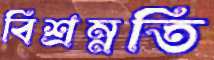
বিশ্রম্নতি